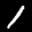
Label: 1